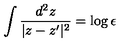
\int \frac { d ^ { 2 } z } { | z - z ^ { \prime } | ^ { 2 } } = \log { \epsilon }